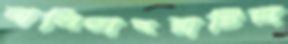
নালিতাবরাটিয়া